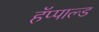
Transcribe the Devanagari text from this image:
हॅप्पाल्ड